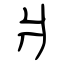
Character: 爿